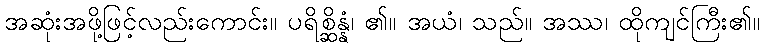
အဆုံးအဖို့ဖြင့်လည်းကောင်း။ ပရိစ္ဆိန္နံ၊ ၏။ အယံ၊ သည်။ အဿ၊ ထိုကျင်ကြီး၏။